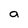
Character: a